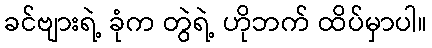
ခင်ဗျားရဲ့ ခုံက တွဲရဲ့ ဟိုဘက် ထိပ်မှာပါ။